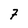
Character: 7